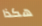
هكذا